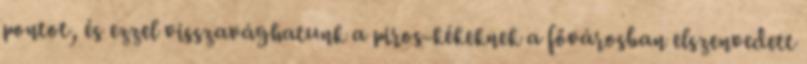
pontot, és ezzel visszavághatunk a piros-kékeknek a fővárosban elszenvedett